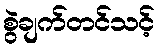
စွဲချက်တင်သင့်